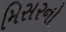
મિસરનો